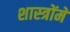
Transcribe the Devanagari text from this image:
शास्‍त्रोंमें